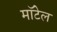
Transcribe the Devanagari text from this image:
मॉटेल